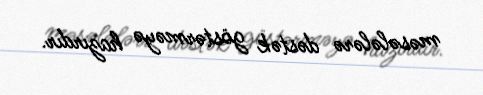
məsələlərə dəstək göstərməyə hazırdır.